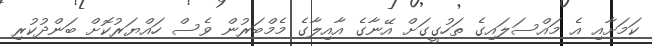
ކަމަށާއި އެ މައްސަލައިގެ ތަހުގީގަށް އޭނާގެ އާއިލާގެ މެމްބަރުން ވެސް ހައްޔަރުކޮށް ބަންދުކުރި